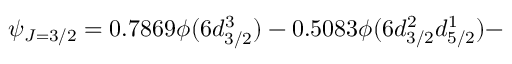
\psi _ { J = 3 / 2 } = 0 . 7 8 6 9 \phi ( 6 d _ { 3 / 2 } ^ { 3 } ) - 0 . 5 0 8 3 \phi ( 6 d _ { 3 / 2 } ^ { 2 } d _ { 5 / 2 } ^ { 1 } ) -